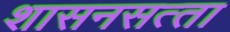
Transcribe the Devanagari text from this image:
शासनसत्‍ता